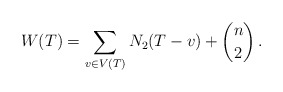
\begin{align*} W(T) = \sum_{v \in V(T)} N_2(T-v) + \binom{n}{2} \,.\end{align*}